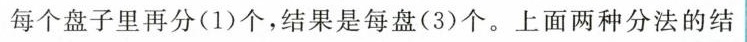
每个盘子里再分(1)个，结果是每盘(3)个。上面两种分法的结